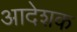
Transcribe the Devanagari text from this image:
आदेशक